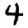
Digit: 4